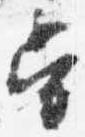
当